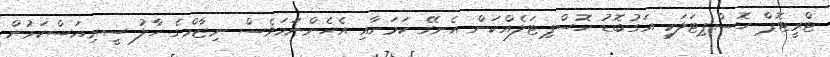
ޓްރީޓޮޕް ހޮސްޕިޓަލަކީ އަގުބޮޑު ހޮސްޕިޓަލެއްކަން އެނގޭ ކަމަށާއި އެހެންނަމަވެސް ނިޒާމްގެ ހާލު ސީރިއަސްކަމުން